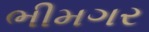
ભીમગર